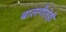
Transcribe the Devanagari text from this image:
बालगीतेही